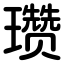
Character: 瓒